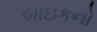
બાઇકનો